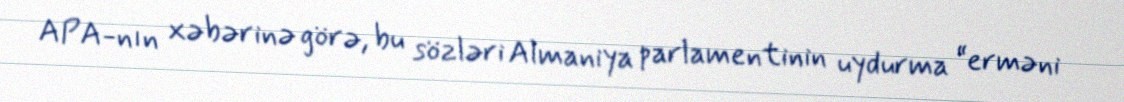
APA-nın xəbərinə görə, bu sözləri Almaniya parlamentinin uydurma “erməni